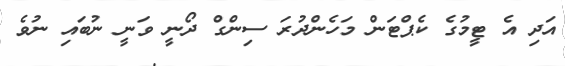
އަދި އެ ޓީމުގެ ކެޕްޓަން މަހެންދުރަ ސިންގް ދޯނީ ވަނީ ނުބައި ނުވެ